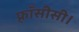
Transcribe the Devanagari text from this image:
फ़्राँसीसी।